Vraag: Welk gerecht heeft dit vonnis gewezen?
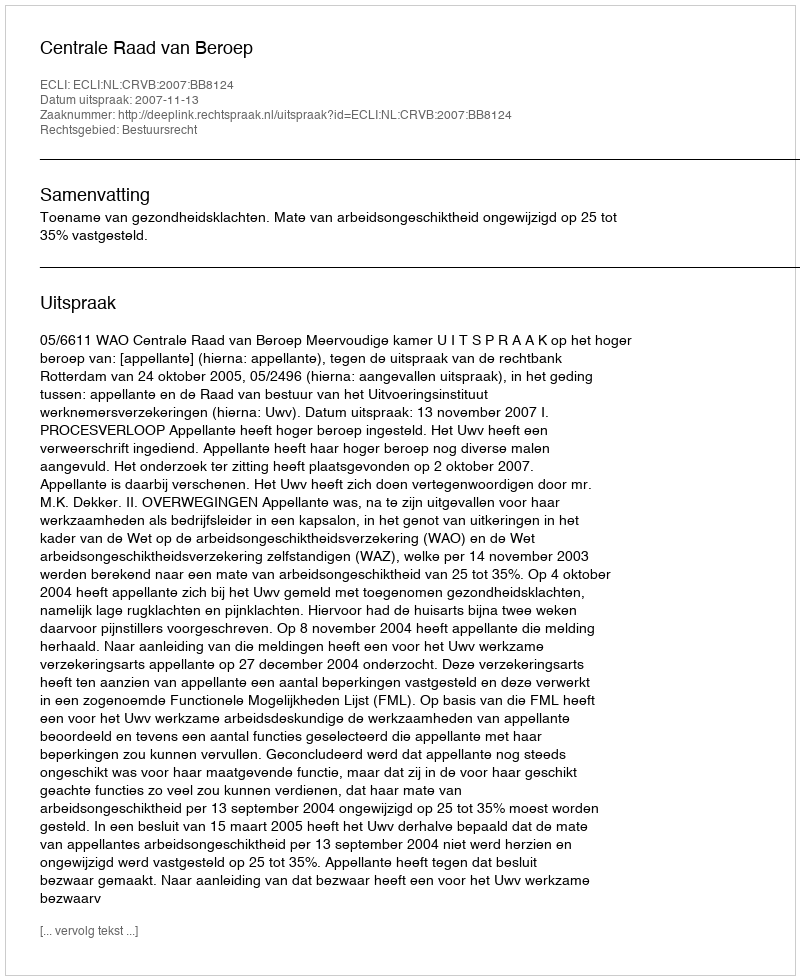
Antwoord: Centrale Raad van Beroep